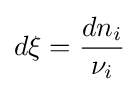
d\xi ={\frac {dn_{i}}{\nu _{i}}}